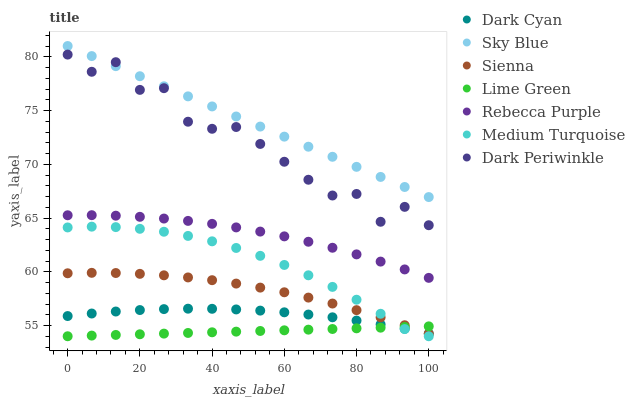
| xaxis_label | Dark Cyan | Sky Blue | Sienna | Lime Green | Rebecca Purple | Medium Turquoise | Dark Periwinkle |
 | --- | --- | --- | --- | --- | --- | --- | --- |
 | 0 | 55.9 | 81 | 59.9 | 54 | 65.3 | 64.1 | 80.2 |
 | 6.67 | 56.1 | 80.1 | 59.9 | 54.1 | 65.3 | 64.2 | 78.6 |
 | 13.3 | 56.3 | 79.1 | 59.9 | 54.1 | 65.2 | 64.2 | 79.5 |
 | 20 | 56.4 | 78.2 | 59.8 | 54.2 | 65.1 | 64 | 76.9 |
 | 26.7 | 56.5 | 77.3 | 59.7 | 54.2 | 64.9 | 63.7 | 77.1 |
 | 33.3 | 56.6 | 76.3 | 59.5 | 54.3 | 64.7 | 63.3 | 74 |
 | 40 | 56.6 | 75.4 | 59.2 | 54.4 | 64.5 | 62.8 | 73.3 |
 | 46.7 | 56.5 | 74.4 | 58.9 | 54.4 | 64.1 | 62.2 | 73.5 |
 | 53.3 | 56.4 | 73.5 | 58.5 | 54.5 | 63.7 | 61.5 | 71.9 |
 | 60 | 56.2 | 72.6 | 58.1 | 54.6 | 63.3 | 60.6 | 70.2 |
 | 66.7 | 56 | 71.6 | 57.6 | 54.6 | 62.8 | 59.7 | 68.6 |
 | 73.3 | 55.8 | 70.7 | 57 | 54.7 | 62.2 | 58.6 | 67.1 |
 | 80 | 55.5 | 69.8 | 56.4 | 54.7 | 61.6 | 57.4 | 67.2 |
 | 86.7 | 55.1 | 68.8 | 55.8 | 54.8 | 60.9 | 56.1 | 64.6 |
 | 93.3 | 54.7 | 67.9 | 55 | 54.9 | 60.2 | 54.7 | 66 |
 | 100 | 54.2 | 66.9 | 54.2 | 54.9 | 59.4 | 54 | 64.3 |